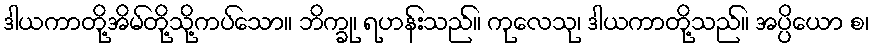
ဒါယကာတို့အိမ်တို့သို့ကပ်သော။ ဘိက္ခု၊ ရဟန်းသည်။ ကုလေသု၊ ဒါယကာတို့သည်။ အပ္ပိယော စ၊